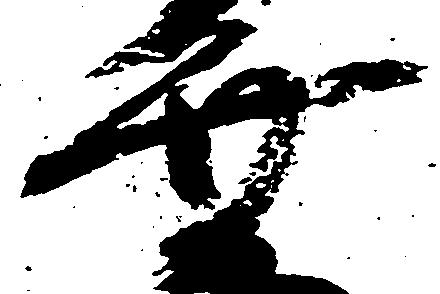
弁